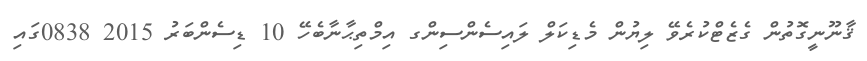
ޤާނޫނީގޮތުން ގެޒެޓްކުރެވޭ ލިޔުން މެޑިކަލް ލައިސެންސިންގ އިމްތިޙާނާބެހޭ 10 ޑިސެންބަރު 2015 0838ގައި